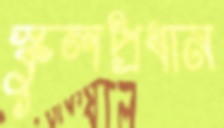
স্কুলপ্রধান